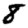
Digit: 8